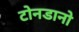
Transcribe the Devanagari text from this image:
टोनडानो